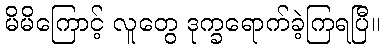
မိမိကြောင့် လူတွေ ဒုက္ခရောက်ခဲ့ကြရပြီ။